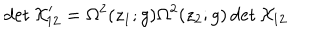
LaTeX: \det { \cal X } _ { 1 2 } ^ { \prime } = \Omega ^ { 2 } ( z _ { 1 } ; g ) \Omega ^ { 2 } ( z _ { 2 } ; g ) \det { \cal X } _ { 1 2 } ~ ~